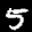
Label: 5